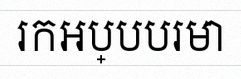
រកអប្បបរមា